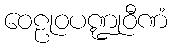
ဝေဠုဝပဏ္ဍုဝီဏံ